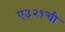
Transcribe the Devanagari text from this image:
ए३२१ची